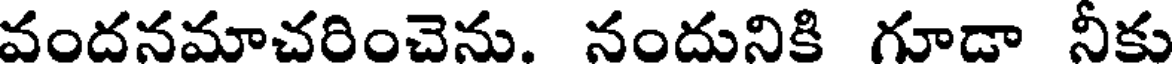
వందనమాచరించెను. నందునికి గూడా నీకు